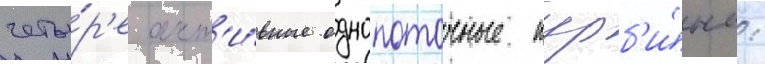
четы́р'е акт'и́вные однопоточные турб'и́ны: